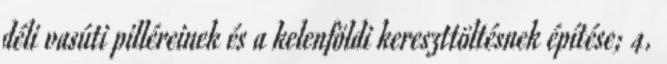
déli vasúti pilléreinek és a kelenföldi kereszttöltésnek építése; 4.